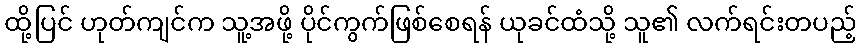
ထို့ပြင် ဟုတ်ကျင်က သူ့အဖို့ ပိုင်ကွက်ဖြစ်စေရန် ယုခင်ထံသို့ သူ၏ လက်ရင်းတပည့်